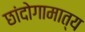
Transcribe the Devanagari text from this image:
छांदोगामात्य